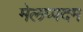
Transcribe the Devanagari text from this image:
मेलप्पदम